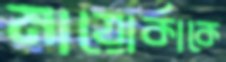
মায়োর্কাকে